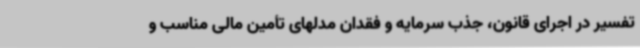
تفسیر در اجرای قانون، جذب سرمایه و فقدان مدلهای تأمین مالی مناسب و